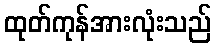
ထုတ်ကုန်အားလုံးသည်